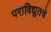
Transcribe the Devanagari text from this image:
पराविद्युतचे